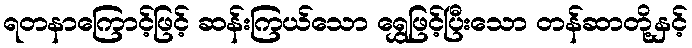
ရတနာကြောင့်ဖြင့် ဆန်းကြယ်သော ရွှေဖြင့်ပြီးသော တန်ဆာတို့နှင့်